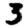
Digit: 3